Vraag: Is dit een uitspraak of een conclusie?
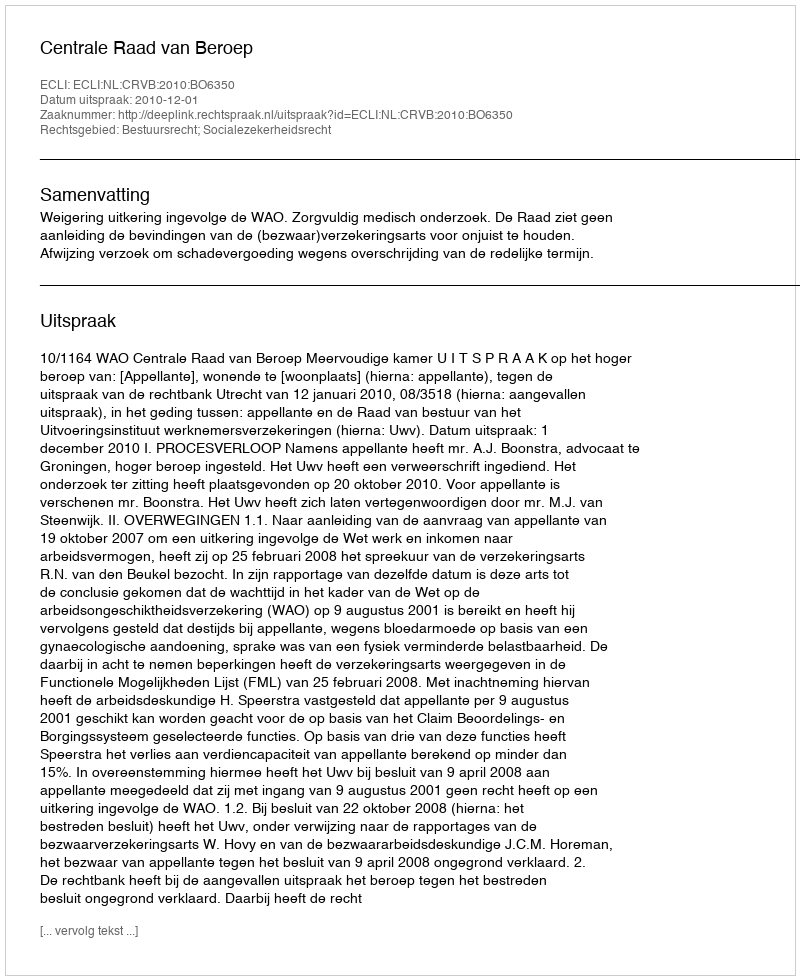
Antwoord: Uitspraak